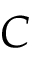
C